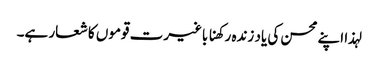
لہذا اپنے محسن کی یاد زندہ رکھنا باغیرت قوموں کا شعار ہے۔